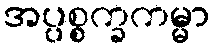
အပ္ပစ္စက္ခကမ္မာ